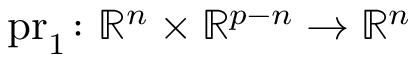
{ \mathrm { p r } _ { 1 } } \colon { \mathbb { R } ^ { n } } \times { \mathbb { R } ^ { p - n } } \to { \mathbb { R } ^ { n } }